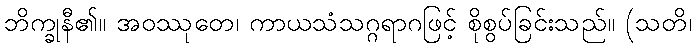
ဘိက္ခုနီ၏။ အဝဿုတေ၊ ကာယသံသဂ္ဂရာဂဖြင့် စိုစွပ်ခြင်းသည်။ (သတိ၊